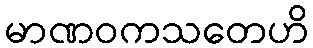
မာဏဝကသတေဟိ